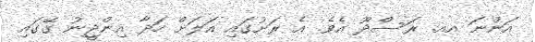
އަންނަ އއ. ރަސްދޫ އެވެ. އެ ރަށުގައި އަލަށް ހަދާ އިންޖީނު ގޭގައި